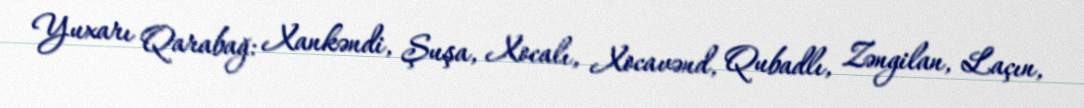
Yuxarı Qarabağ: Xankəndi, Şuşa, Xocalı, Xocavənd, Qubadlı, Zəngilan, Laçın,